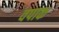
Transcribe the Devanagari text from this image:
वपाक